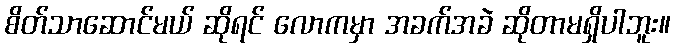
စိတ်သာဆောင်မယ် ဆိုရင် လောကမှာ အခက်အခဲ ဆိုတာမရှိပါဘူး။